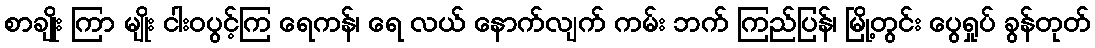
စာချိုး ကြာ မျိုး ငါးဝပွင့်ကြ ရေကန်၊ ရေ လယ် နောက်လျက် ကမ်း ဘက် ကြည်ပြန်၊ မြို့တွင်း ပွေရှုပ် ခွန်တုတ်